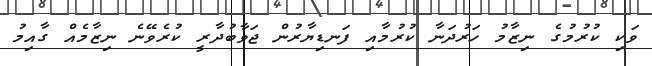
ވަކި ކުރުމުގެ ނިޒާމު ހަރުދަނާ ކުރުމާއި ފަނޑިޔާރުން ޖަވާބުދާރީ ކުރެވޭނެ ނިޒާމެއް ގާއިމު